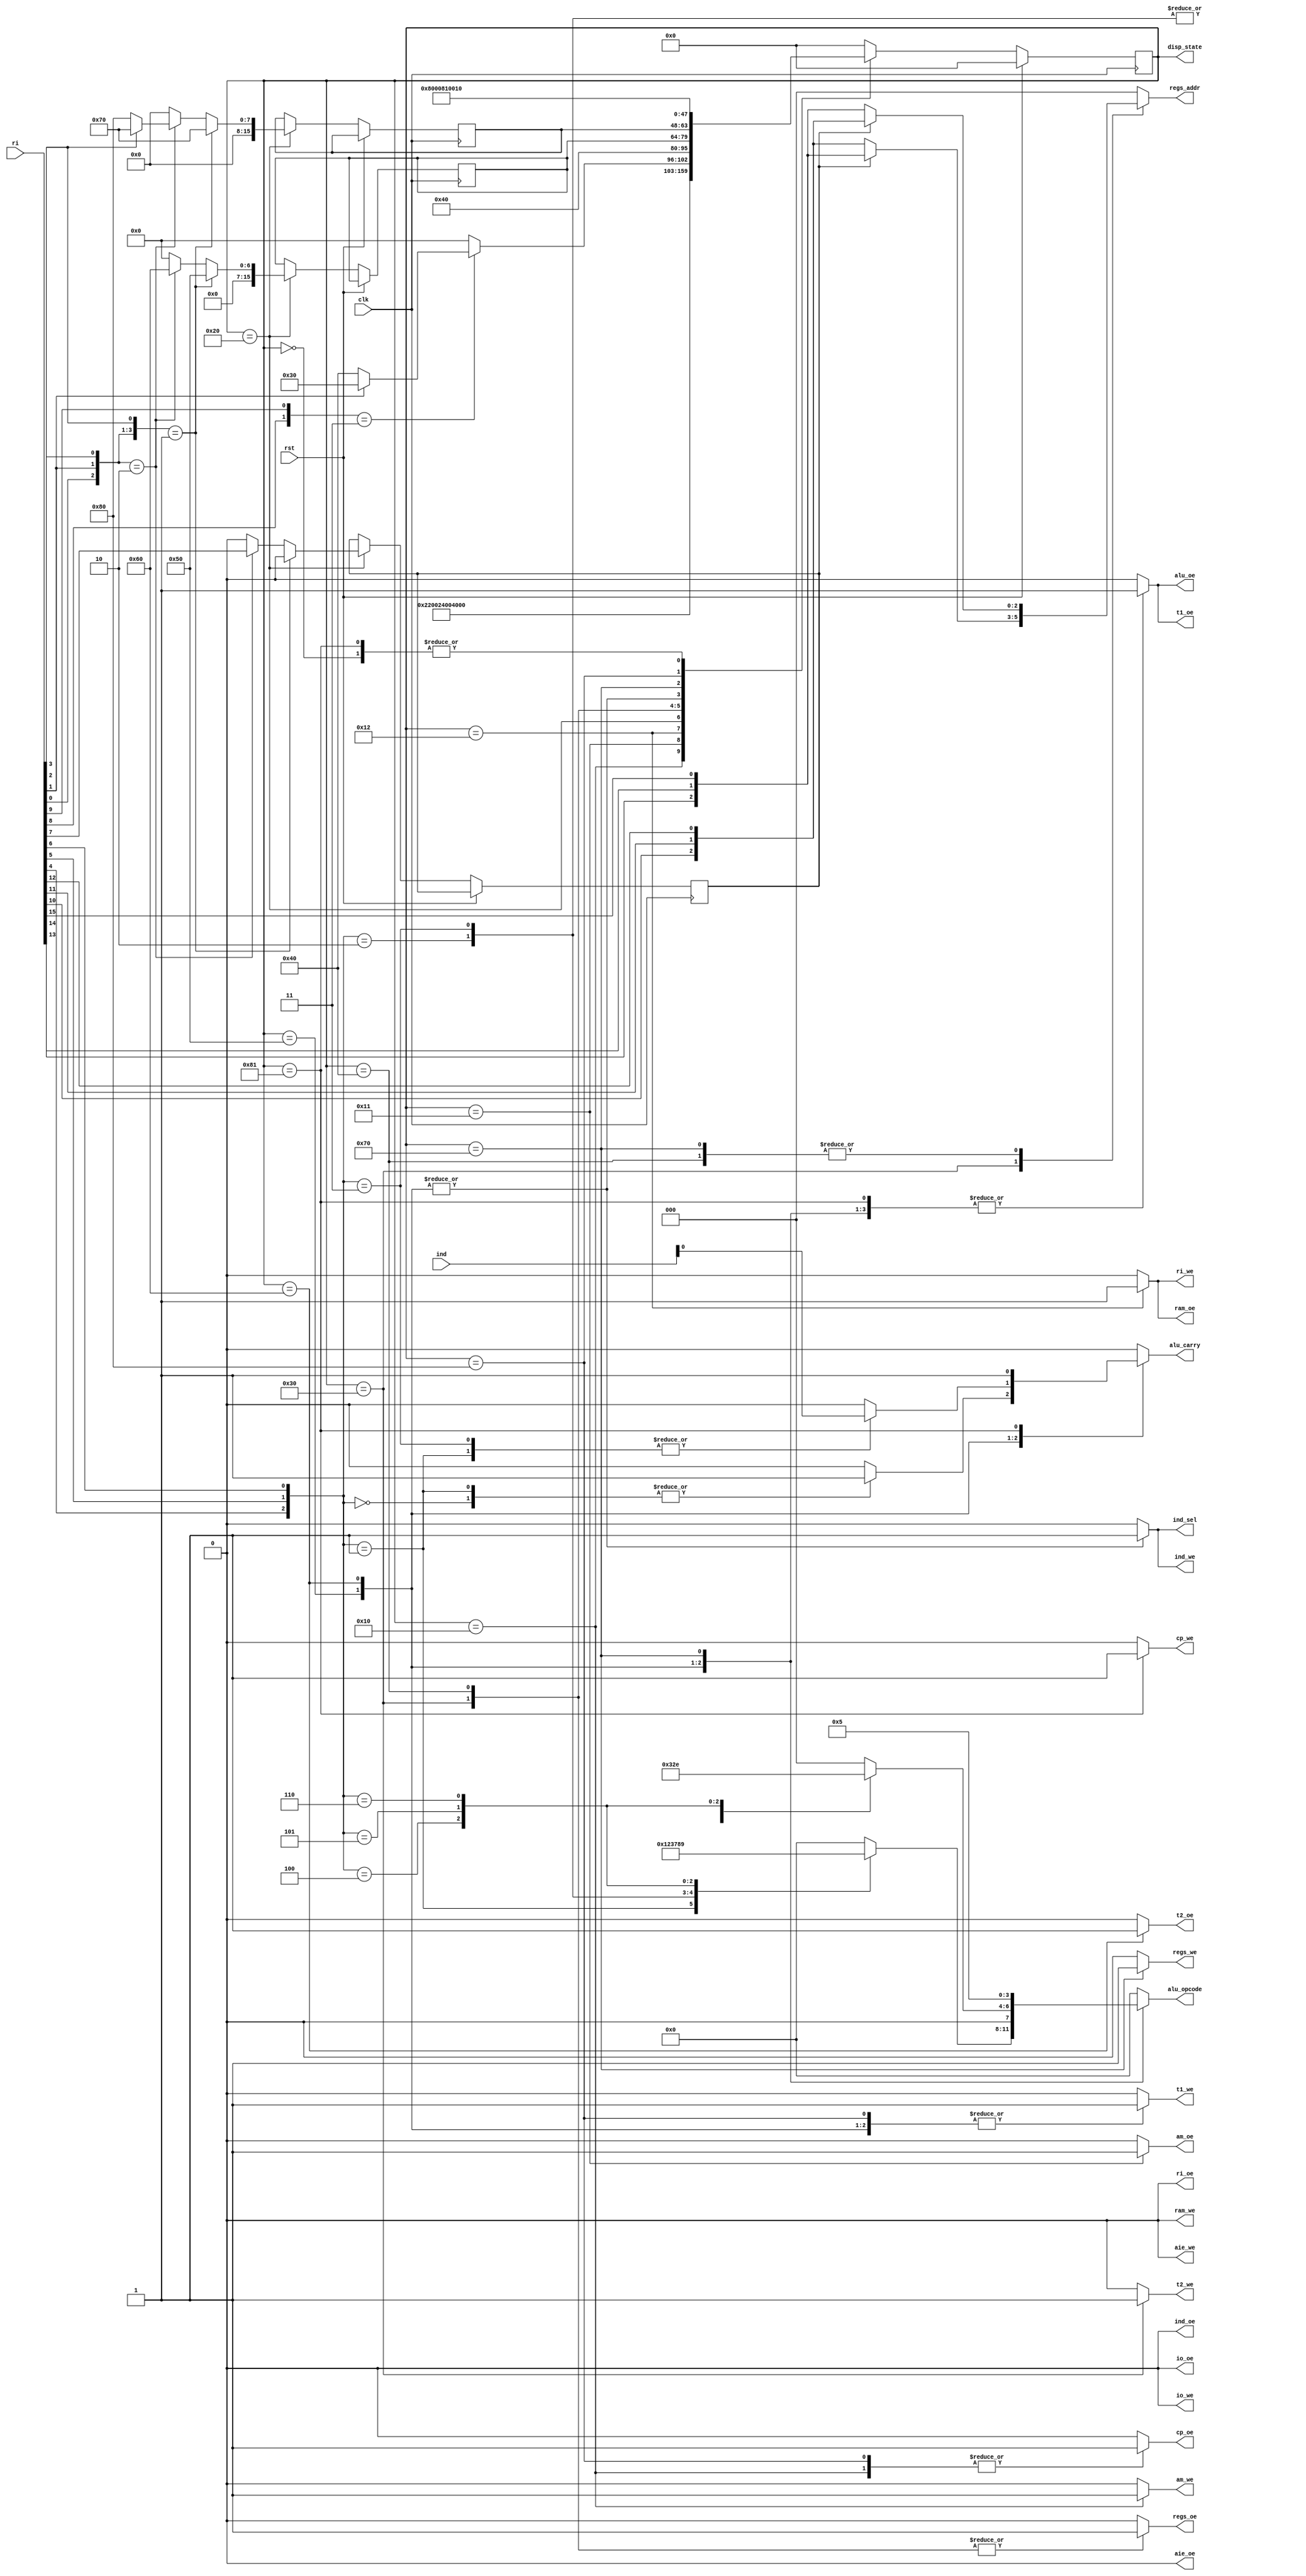
`timescale 1ns / 1ps
//////////////////////////////////////////////////////////////////////////////////
// Company:
// Engineer:
//
// Design Name:
// Module Name:    uc
// Project Name:
// Target Devices:
// Tool versions:
// Description:
//
// Dependencies:
//
// Revision:
// Revision 0.01 - File Created
// Additional Comments:
//
//////////////////////////////////////////////////////////////////////////////////
module uc(
        clk,
        rst,
        ri,
        ind,
        regs_addr,
        regs_oe,
        regs_we,
        alu_oe,
        alu_carry,
        alu_opcode,
        ram_oe,
        ram_we,
        io_oe,
        io_we,
        cp_oe,
        cp_we,
        ind_sel,
        ind_oe,
        ind_we,
        am_oe,
        am_we,
        aie_oe,
        aie_we,
        t1_oe,
        t1_we,
        t2_oe,
        t2_we,
        ri_oe,
        ri_we,
        disp_state
    );

parameter word_width =          16;
parameter state_width =         16;

`define ADC                     0
`define SBB1                    1
`define SBB2                    2
`define NOT                     3
`define AND                     4
`define OR                      5
`define XOR                     6
`define SHL                     7
`define SHR                     8
`define SAR                     9

`define RA                      0
`define RB                      1
`define RC                      2
`define IS                      3
`define XA                      4
`define XB                      5
`define BA                      6
`define BB                      7

input                           clk;
input                           rst;
input [word_width-1 : 0]        ri;
input [word_width-1 : 0]        ind;
output reg                      alu_oe;
output reg                      alu_carry;
output reg[3 : 0]               alu_opcode;
output reg                      ram_oe;
output reg                      ram_we;
output reg                      io_oe;
output reg                      io_we;
output reg[2 : 0]               regs_addr;
output reg                      regs_oe;
output reg                      regs_we;
output reg                      cp_oe;
output reg                      cp_we;
output reg                      ind_sel;        // controls IND register input (0 = bus, 1 = alu flags)
output reg                      ind_oe;
output reg                      ind_we;
output reg                      am_oe;
output reg                      am_we;
output reg                      aie_oe;
output reg                      aie_we;
output reg                      t1_oe;
output reg                      t1_we;
output reg                      t2_oe;
output reg                      t2_we;
output reg                      ri_oe;          // controls RI register output which generates the offset for Jcond instructions
output reg                      ri_we;
output[state_width-1 : 0]       disp_state;

wire [0:6]                      cop;
wire                            d;
wire [0:1]                      mod;
wire [0:2]                      rg;
wire [0:2]                      rm;

assign cop  = {ri[0], ri[1], ri[2], ri[3], ri[4], ri[5], ri[6]};
assign d    = {ri[7]};
assign mod  = {ri[8], ri[9]};
assign rg   = {ri[10], ri[11], ri[12]};
assign rm   = {ri[13], ri[14], ri[15]};

`define reset                   'h00            // reset state
`define fetch                   'h10            // load instruction to instruction register
`define decode                  'h20            // analyze loaded instruction
`define load_src                'h30            // load source operand from register
`define load_dst                'h40            // load destination operand from register
`define exec_1op                'h50            // execute 1 operand instructions
`define exec_2op                'h60            // execute 2 operand instructions
`define store                   'h70            // store result to register
`define inc_cp                  'h80            // increment program counter

reg [state_width-1 : 0] state = `reset, state_next;
reg [state_width-1 : 0] decoded_exec, decoded_exec_next;    // stores decoded execute state
reg [state_width-1 : 0] decoded_store, decoded_store_next;  // stores decoded store state
reg decoded_d, decoded_d_next;                              // stores decoded direction bit

// FSM - sequential part
always @(posedge clk) begin
    state <= `reset;

    if(!rst) begin
        state <= state_next;

        if(state == `decode) begin
            decoded_exec <= decoded_exec_next;
            decoded_store <= decoded_store_next;
            decoded_d <= decoded_d_next;
        end
    end
end

// FSM - combinational part
always @(*) begin
    state_next = `reset;
    decoded_exec_next = `reset;
    decoded_store_next = `reset;
    decoded_d_next = 0;
    alu_oe = 0;
    alu_carry = 0;
    alu_opcode = 0;
    ram_oe = 0;
    ram_we = 0;
    io_oe = 0;
    io_we = 0;
    regs_addr = 0;
    regs_oe = 0;
    regs_we = 0;
    cp_oe = 0;
    cp_we = 0;
    ind_sel = 0;
    ind_oe = 0;
    ind_we = 0;
    am_oe = 0;
    am_we = 0;
    aie_oe = 0;
    aie_we = 0;
    t1_oe = 0;
    t1_we = 0;
    t2_oe = 0;
    t2_we = 0;
    ri_oe = 0;
    ri_we = 0;

    case(state)
        `reset: begin
            state_next = `fetch;
        end

        `fetch: begin
            cp_oe = 1;
            am_we = 1;

            state_next = `fetch + 1;
        end

        `fetch + 'd1: begin
            am_oe = 1;

            state_next = `fetch + 2;
        end

        `fetch + 'd2: begin
            ram_oe = 1;
            ri_we = 1;

            state_next = `decode;
        end

        `decode: begin
            // decode location of operands and operation
            if(cop[0:3] == 4'b0001) begin           // one operand instructions
                decoded_d_next      = 0;
                decoded_exec_next   = `exec_1op;
                decoded_store_next  = `store;
            end
            else if(cop[0:2] == 3'b010) begin       // two operand instructions
                decoded_d_next      = d;
                decoded_exec_next   = `exec_2op;
                decoded_store_next  = !cop[3] ? `inc_cp : `store;
            end
            
            // decode address calculation mode
            if(mod == 2'b11) begin
                if(cop[1] == 0)
                    state_next = `load_dst;
                else
                    state_next = `load_src;
            end
        end
        
        `load_src: begin
            regs_addr = decoded_d ? rm : rg;
            regs_oe = 1;
            t2_we = 1;

            state_next = `load_dst;
        end
        
        `load_dst: begin
            regs_addr = decoded_d ? rg : rm;
            regs_oe = 1;
            t1_we = 1;

            state_next = decoded_exec;
        end

        `exec_1op: begin
            t1_oe = 1;
            case(cop[4:6])
                3'b000: begin                               // INC
                    alu_carry = 1;
                    alu_opcode = `ADC;
                end
                3'b001: begin                               // DEC
                    alu_carry = 1;
                    alu_opcode = `SBB1;
                end
                3'b010: begin                               // NEG
                    alu_carry = 0;
                    alu_opcode = `SBB2;
                end
                3'b011: begin                               // NOT
                    alu_opcode = `NOT;
                end
                3'b100: alu_opcode = `SHL;                  // SHL/SAL
                3'b101: alu_opcode = `SHR;                  // SHR
                3'b110: alu_opcode = `SAR;                  // SAR
            endcase
            alu_oe = 1;
            t1_we = 1;
            ind_sel = 1;
            ind_we = 1;

            state_next = decoded_store;
        end

        `exec_2op: begin
            t1_oe = 1;
            t2_oe = 1;
            case(cop[4:6])
                3'b000: begin                               // ADD
                    alu_carry = 0;
                    alu_opcode = `ADC;
                end
                3'b001: begin                               // ADC
                    alu_carry = ind[0];
                    alu_opcode = `ADC;
                end
                3'b010: begin                               // SUB/CMP
                    alu_carry = 0;
                    alu_opcode = `SBB1;
                end
                3'b011: begin                               // SBB
                    alu_carry = ind[0];
                    alu_opcode = `SBB1;
                end
                3'b100: alu_opcode = `AND;                  // AND/TEST
                3'b101: alu_opcode = `OR;                   // OR
                3'b110: alu_opcode = `XOR;                  // XOR
            endcase
            alu_oe = 1;
            t1_we = 1;
            ind_sel = 1;
            ind_we = 1;

            state_next = decoded_store;
        end

        `store: begin
            t1_oe = 1;
            t2_oe = 0;
            alu_opcode = `OR;
            alu_oe = 1;
            regs_addr = decoded_d ? rg : rm;
            regs_we = 1;

            state_next = `inc_cp;
        end

        `inc_cp: begin
            cp_oe = 1;
            t1_we = 1;

            state_next = `inc_cp + 1;
        end

        `inc_cp + 'd1: begin
            t1_oe = 1;
            cp_we = 1;
            alu_oe = 1;
            alu_carry = 1;
            alu_opcode = `ADC;

            state_next = `fetch;
        end

        default: ;
    endcase
end

assign disp_state = state;

endmodule